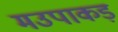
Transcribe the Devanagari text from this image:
मउपाकड़